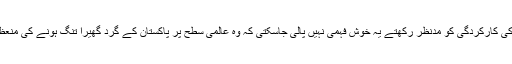
وزیر خارجہ خواجہ آصف کی اب تک کی کارکردگی کو مدنظر رکھتے یہ خوش فہمی نہیں پالی جاسکتی کہ وہ عالمی سطح پر پاکستان کے گرد گھیرا تنگ ہونے کی منعظم کوششوں کو یکسر ناکام بنا ڈالیں گے۔